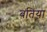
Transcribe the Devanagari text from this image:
बतिया